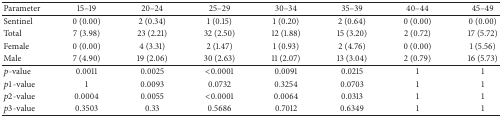
<table><thead><tr><td><b>Parameter</b></td><td><b>15–19</b></td><td><b>20–24</b></td><td><b>25–29</b></td><td><b>30–34</b></td><td><b>35–39</b></td><td><b>40–44</b></td><td><b>45–49</b></td></tr></thead><tbody><tr><td>Sentinel</td><td>0 (0.00)</td><td>2 (0.34)</td><td>1 (0.15)</td><td>1 (0.20)</td><td>2 (0.64)</td><td>0 (0.00)</td><td>0 (0.00)</td></tr><tr><td>Total</td><td>7 (3.98)</td><td>23 (2.21)</td><td>32 (2.50)</td><td>12 (1.88)</td><td>15 (3.20)</td><td>2 (0.72)</td><td>17 (5.72)</td></tr><tr><td>Female</td><td>0 (0.00)</td><td>4 (3.31)</td><td>2 (1.47)</td><td>1 (0.93)</td><td>2 (4.76)</td><td>0 (0.00)</td><td>1 (5.56)</td></tr><tr><td>Male</td><td>7 (4.90)</td><td>19 (2.06)</td><td>30 (2.63)</td><td>11 (2.07)</td><td>13 (3.04)</td><td>2 (0.79)</td><td>16 (5.73)</td></tr><tr><td><i>p</i>-value</td><td>0.0011</td><td>0.0025</td><td>&lt;0.0001</td><td>0.0091</td><td>0.0215</td><td>1</td><td>1</td></tr><tr><td><i>p</i>1-value</td><td>1</td><td>0.0093</td><td>0.0732</td><td>0.3254</td><td>0.0703</td><td>1</td><td>1</td></tr><tr><td><i>p</i>2-value</td><td>0.0004</td><td>0.0055</td><td>&lt;0.0001</td><td>0.0064</td><td>0.0313</td><td>1</td><td>1</td></tr><tr><td><i>p</i>3-value</td><td>0.3503</td><td>0.33</td><td>0.5686</td><td>0.7012</td><td>0.6349</td><td>1</td><td>1</td></tr></tbody></table>